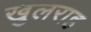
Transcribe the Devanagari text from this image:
खुलराह